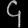
Digit: ၄